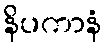
နိပကာနံ